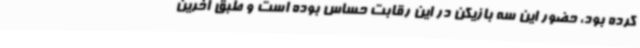
کرده بود، حضور این سه بازیکن در این رقابت حساس بوده است و طبق آخرین